Report of the Hyderabad Chloroform Commission
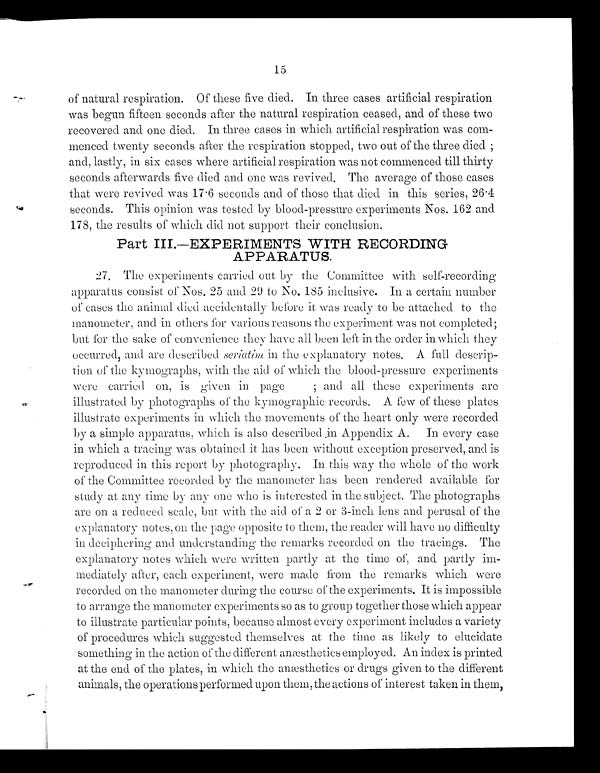
15
of natural respiration. Of these five died. In three cases artificial respiration
was begun fifteen seconds after the natural respiration ceased, and of these two
recovered and one died. In three cases in which artificial respiration was com-
menced twenty seconds after the respiration stopped, two out of the three died
and, lastly, in six cases where artificial respiration was not commenced till thirty
seconds afterwards five died and one was revived. The average of those cases
that were revived was 17.6 seconds and of those that died in this series, 26.4
seconds. This opinion was tested by blood-pressure experiments Nos. 162 and
178, the results of which did not support. their conclusion.
Part III—EXPERIMENTS WITH RECORDING
APPARATUS.
27. The experiments carried out by the Committee with self-recording
apparatus consist of Nos. 25 and 29 to No. 185 inclusive. In a certain number
of cases the animal died accidentally before it was ready to be attached to the
manometer, and in others for various reasons the experiment was not completed;
but for the sake of convenience they have all been left in the order in which they
occurred, and are described seriatim in the explanatory notes. A full. descrip-
tion of the kymographs, with the aid of which the blood-pressure experiments
were carried on, is given in page; and all these experiments ar
e
illustrated by photographs of the kymographic records. A few of these plates
illustrate experiments in which the movements of the heart only were recorded
by a simple apparatus, which is also described Appendix A. In every case
in which a tracing was obtained it has been without exception preserved, and is
reproduced in this report by photography. In this way the whole of the work
of the Committee recorded by the manometer has been rendered available for
study at any time by any one who is interested in the subject. The photographs
are on a reduced scale, but with the aid of a 2 or 3-inch lens and perusal of the
explanatory notes, on the page opposite to them, the reader will have no difficulty
in deciphering and understanding the remarks recorded on the tracings. The
explanatory notes which were written partly at the time of, and partly im-
mediately after, each experiment, were made from the remarks which were
recorded on the manometer during the course of the experiments. It is impossible
to arrange the manometer experiments so as to group together those which appear
to illustrate particular points, because almost every experiment includes a variety
of procedures which suggested themselves at the time as likely to elucidate
something in the action of the different anæsthetics employed. An index is printed
at the end of the plates, in which the anæsthetics or drugs given to the different
animals, the operations performed upon them, the actions of interest taken in them,